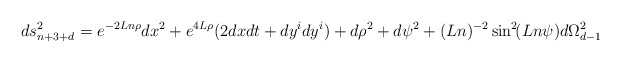
\begin{align*}ds^2_{n+3+d}=e^{-2Ln\rho}dx^2+e^{4L\rho}(2dxdt+dy^idy^i)+d\rho^2+d\psi^2+(Ln)^{-2}\sin^2\!(Ln\psi)d\Omega^2_{d-1}\end{align*}